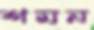
শমন